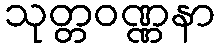
သုတ္တဝဏ္ဏနာ